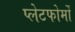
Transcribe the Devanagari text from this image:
प्लेटफोर्मों